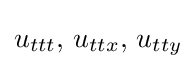
u_{ttt},\,u_{ttx},\,u_{tty}